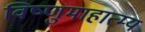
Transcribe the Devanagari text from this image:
विष्णुमाहात्म्य